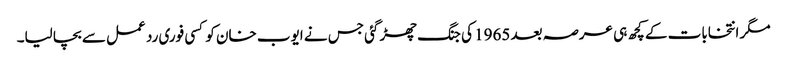
مگر انتخابات کے کچھ ہی عرصہ بعد 1965 کی جنگ چھڑ گئی جس نے ایوب خان کو کسی فوری رد عمل سے بچا لیا۔